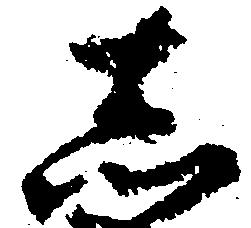
し